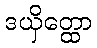
ဒယှိတ္ထော